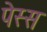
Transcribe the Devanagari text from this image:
पेस्स